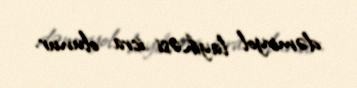
dəmiryol layihəsi icra olunur.